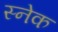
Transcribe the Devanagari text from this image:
स्‍नेक